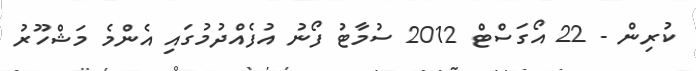
ކުރިން - 22 އޯގަސްޓް 2012 ސުމާޓު ފޯނު އުފެއްދުމުގައި އެންމެ މަޝްހޫރު